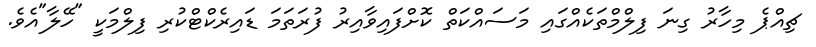
ޗިއްޕެ މިހާރު ގިނަ ފިލްމްތަކެއްގައި މަސައްކަތް ކޮށްފައިވާއިރު ފުރަތަމަ ޑައިރެކްޓްކުރި ފިލްމަކީ "ހޭލާ"އެވެ.